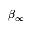
\beta _ { \infty }